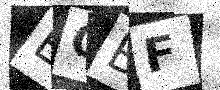
Text: EQBF